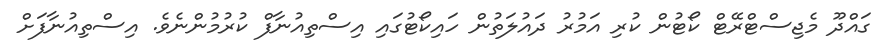
ގައްދޫ މެޖިސްޓްރޭޓް ކޯޓުން ކުރި އަމުރު ދައުލަތުން ހައިކޯޓުގައި އިސްތިއުނާފް ކުރުމުންނެވެ. އިސްތިއުނާފަށް